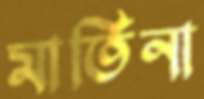
মার্তিনা